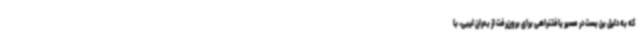
که به دلیل بن بست در مسیر یافتنراهی برای برون‌رفت از بحران لیبی، با